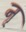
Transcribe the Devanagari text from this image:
नृ